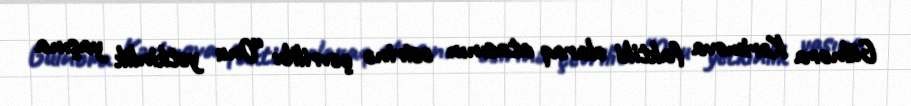
Gülnora Kərimova faktiki olaraq atasının əsirinə çevrilib: “Onu yetkinlik yaşına